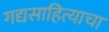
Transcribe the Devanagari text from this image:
गद्यसाहित्याचा